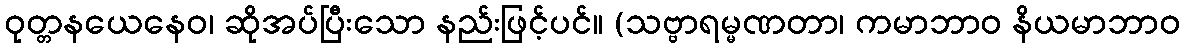
ဝုတ္တနယေနေဝ၊ ဆိုအပ်ပြီးသော နည်းဖြင့်ပင်။ (သဗ္ဗာရမ္မဏတာ၊ ကမာဘာဝ နိယမာဘာဝ